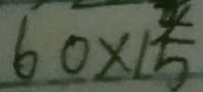
6 0 \times 1 5